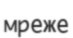
мреже